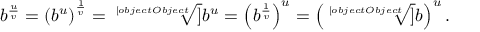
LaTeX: b ^ { \frac { u } { v } } = \left( b ^ { u } \right) ^ { \frac { 1 } { v } } = { \sqrt [ [object Object] ] { b ^ { u } } } = \left( b ^ { \frac { 1 } { v } } \right) ^ { u } = \left( { \sqrt [ [object Object] ] { b } } \right) ^ { u } .